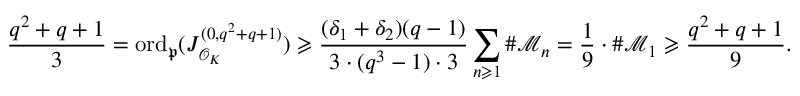
\frac { q ^ { 2 } + q + 1 } { 3 } = \mathrm { { o r d } } _ { \mathfrak { p } } ( J _ { \mathcal { O } _ { K } } ^ { ( 0 , q ^ { 2 } + q + 1 ) } ) \geqslant \frac { ( \delta _ { 1 } + \delta _ { 2 } ) ( q - 1 ) } { 3 \cdot ( q ^ { 3 } - 1 ) \cdot 3 } \sum _ { n \geqslant 1 } \# \mathcal { M } _ { n } = \frac { 1 } { 9 } \cdot \# \mathcal { M } _ { 1 } \geqslant \frac { q ^ { 2 } + q + 1 } { 9 } .